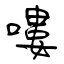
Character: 嘍